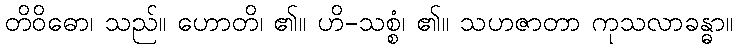
တိဝိဓော၊ သည်။ ဟောတိ၊ ၏။ ဟိ-သစ္စံ၊ ၏။ သဟဇာတာ ကုသလာခန္ဓာ။